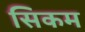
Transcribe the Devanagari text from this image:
सिकम